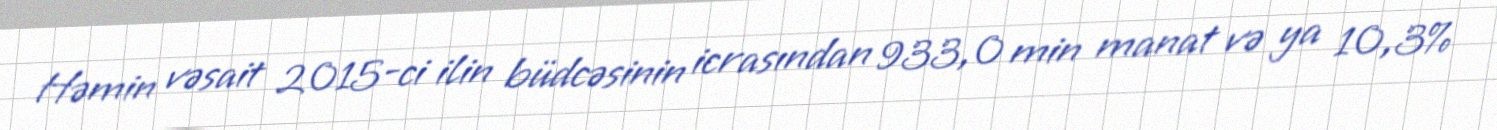
Həmin vəsait 2015-ci ilin büdcəsinin icrasından 933,0 min manat və ya 10,3%